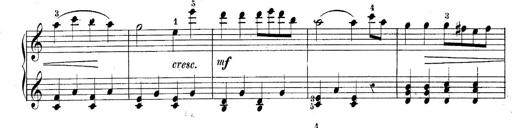
Title: 10 Sonatines progressives
Composer: Anton Schmoll